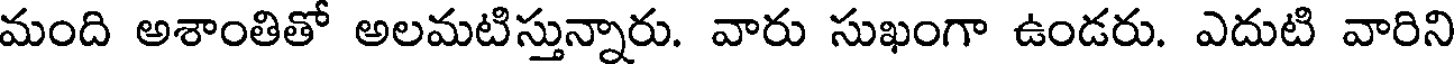
మంది అశాంతితో అలమటిస్తున్నారు. వారు సుఖంగా ఉండరు. ఎదుటి వారిని